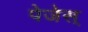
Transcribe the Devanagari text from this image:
पेजेस्